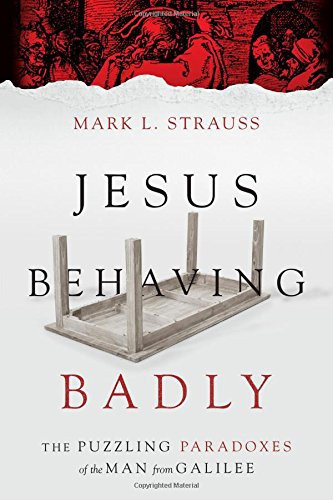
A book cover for Jesus Behaving Badly: The Puzzling Paradoxes of the Man from Galilee; Mark L. Strauss; Christian Books & Bibles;